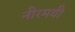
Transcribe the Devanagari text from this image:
नीरमयी